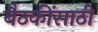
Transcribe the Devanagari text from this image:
बैठकींसाठी